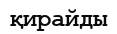
қирайды